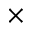
\times